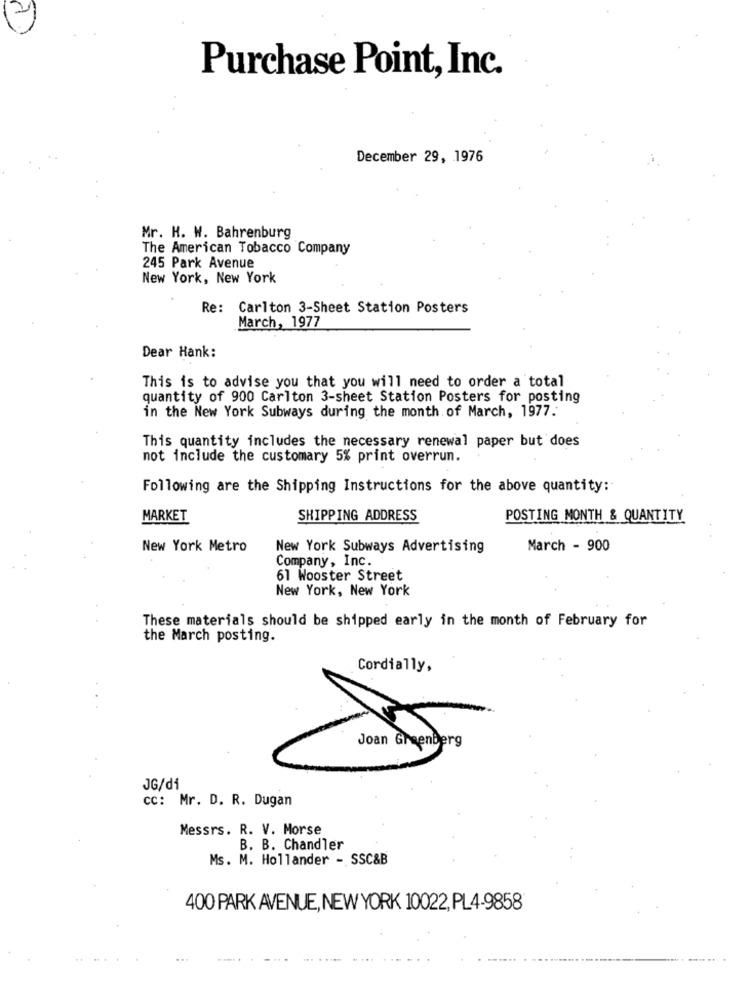
Purchase Point, Inc.
December 29, 1976
Mr. H. W. Bahrenburg
The American Tobacco Company
245 Park Avenue
New York, New York
Re: Carlton 3-Sheet Station Posters
March, 1977
Dear Hank:
This is to advise you that you will need to order a total
quantity of 900 Carlton 3-sheet Station Posters for posting
in the New York Subways during the month of March, 1977.
This quantity includes the necessary renewal paper but does
not include the customary 5% print overrun.
Following are the Shipping Instructions for the above quantity:
MARKET
SHIPPING ADDRESS
POSTING MONTH & QUANTITY
New York Metro
New York Subways Advertising
March - 900
Company, Inc.
61 Wooster Street
New York, New York
These materials should be shipped early in the month of February for
the March posting.
Cordially,
Joan Greenberg
JG/di
cc: Mr. D. R. Dugan
Messrs. R. V. Morse
B. B. Chandler
Ms. M. Hollander - SSC&B
400 PARK AVENUE, NEW YORK 10022, PL4-9858